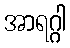
အာရဂ္ဂါ